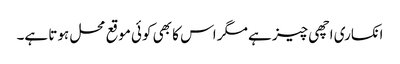
انکساری اچھی چیز ہے مگر اس کا بھی کوئی موقع محل ہوتا ہے۔